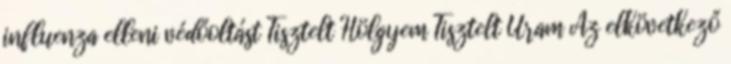
influenza elleni védőoltást Tisztelt Hölgyem Tisztelt Uram Az elkövetkező